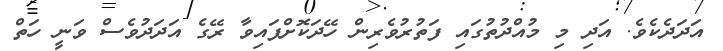
އަދަދެކެވެ. އަދި މި މުއްދުތުގައި ފަތުރުވެރިން ހޭދަކޮށްފައިވާ ރޭގެ އަދަދުވެސް ވަނީ ހަތް